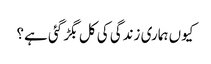
کیوں ہماری زندگی کی کل بگڑ گئی ہے؟